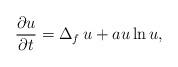
LaTeX: \begin{align*}\frac{\partial u}{\partial t}=\Delta_f\, u+au\ln u,\end{align*}